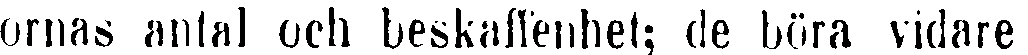
ornas antal och beskaffenhet; de böra vidare